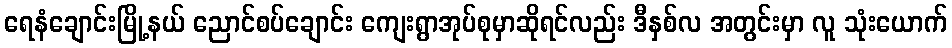
ရေနံချောင်းမြို့နယ် ညောင်စပ်ချောင်း ကျေးရွာအုပ်စုမှာဆိုရင်လည်း ဒီနှစ်လ အတွင်းမှာ လူ သုံးယောက်